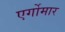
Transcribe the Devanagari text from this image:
एर्गोमार